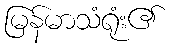
မြန်မာသံရုံး၏